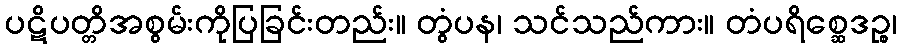
ပဋိပတ္တိအစွမ်းကိုပြခြင်းတည်း။ တွံပန၊ သင်သည်ကား။ တံပရိစ္ဆေဒဉ္စ၊